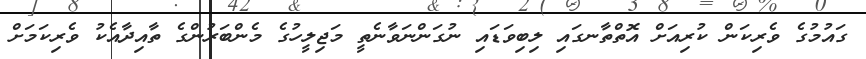
ގައުމުގެ ވެރިކަން ކުރިއަށް އޮތްތާނގައި ލިބިވަޑައި ނުގަންނަވާނެތީ މަޖިލީހުގެ މެންބަރުންގެ ތާއިދާއެކު ވެރިކަމަށް